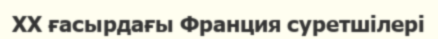
XX ғасырдағы Франция суретшілері